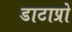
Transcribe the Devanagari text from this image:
डाटाप्रो